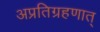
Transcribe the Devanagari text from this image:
अप्रतिग्रहणात्